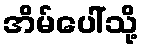
အိမ်ပေါ်သို့